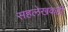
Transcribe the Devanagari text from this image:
सहलेखकही